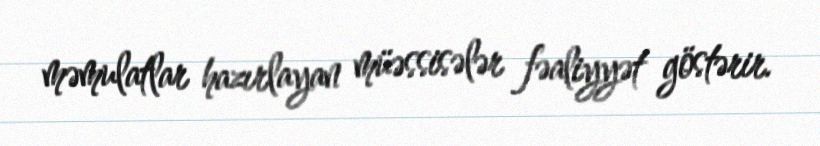
məmulatlar hazırlayan müəssisələr fəaliyyət göstərir.